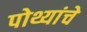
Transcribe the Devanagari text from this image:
पोथ्यांचे